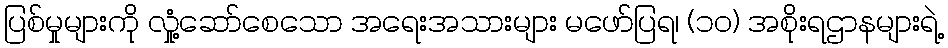
ပြစ်မှုများကို လှုံ့ဆော်စေသော အရေးအသားများ မဖော်ပြရ၊ (၁၀) အစိုးရဌာနများရဲ့